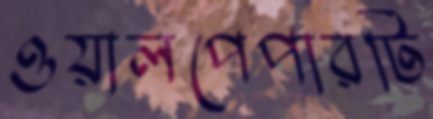
ওয়ালপেপারটি